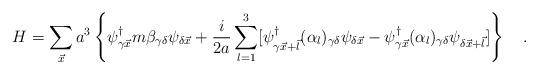
LaTeX: \begin{align*}H=\sum_{\vec{x}} a^3 \left\{ \psi_{\gamma \vec{x}}^{\dagger} m\beta _{\gamma \delta}\psi_{\delta \vec{x}}+\frac{i}{2a}\sum_{l=1}^{3}[\psi_{ \gamma \vec{x}+\vec{l}}^{\dagger}(\alpha_{l})_{\gamma \delta}\psi_{\delta \vec{x}}- \psi_{\gamma \vec{x}}^{\dagger}(\alpha_{l})_{\gamma \delta}\psi_{\delta \vec{x}+\vec{l}}] \right\}\quad .\end{align*}